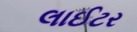
લાઈટર